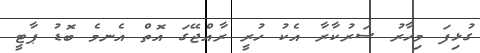
ގުޅިފަ މިހާރު ސަރުކާރާ އެކު ހުރީ ރާއްޖޭގަ އޮތް އެނމެ ބޮޑު ޕާޓީ